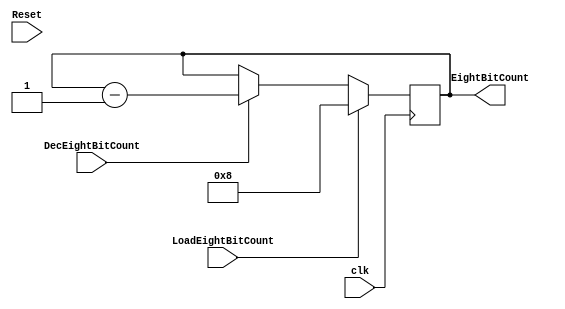
module EightBitCouter(LoadEightBitCount,DecEightBitCount,EightBitCount,Reset,clk);
  input LoadEightBitCount;
  input DecEightBitCount;
  input clk;
  input Reset;
  output reg [31:0]EightBitCount;
  //reg [31:0]Count;
  
  always@(posedge clk)
  begin
                    if(LoadEightBitCount==1'b1)
                    begin
                    EightBitCount <= 8;  
                    end
          
                    else if(DecEightBitCount==1'b1)
                    begin
                   EightBitCount <= EightBitCount-32'b1;  
                    end
                       
                   
                  end
                  
   
  endmodule